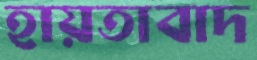
হায়তাবাদ